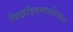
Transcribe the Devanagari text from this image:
विखंडितमानसिकता